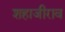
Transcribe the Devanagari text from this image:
शहाजीराव